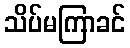
သိပ်မကြာခင်